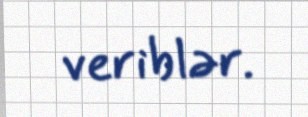
veriblər.